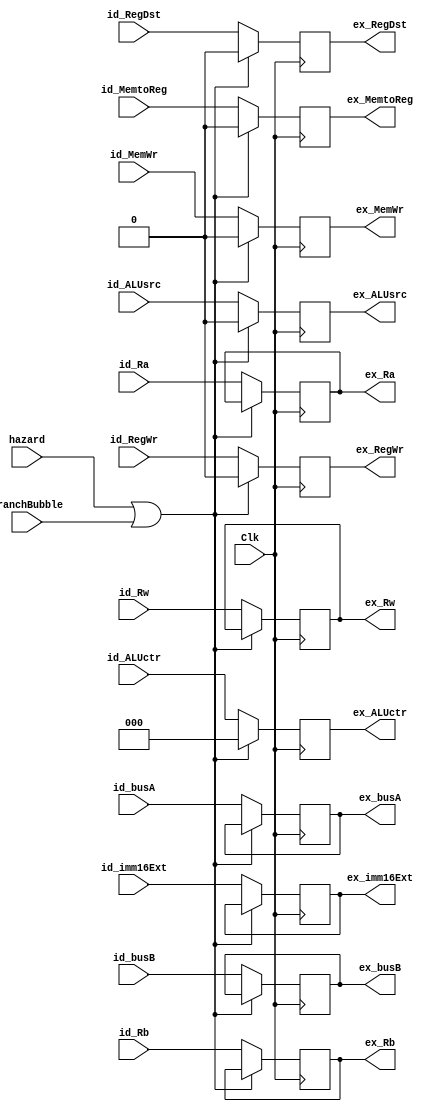
module id_ex(Clk, hazard, BranchBubble, id_busA, id_busB,
             id_Ra, id_Rb, id_Rw, id_imm16Ext, id_RegWr,
             id_RegDst, id_ALUsrc, id_MemWr, id_MemtoReg,id_ALUctr, 
             ex_busA,   ex_busB,
             ex_Ra, ex_Rb, ex_Rw, ex_imm16Ext, ex_RegWr,  
             ex_RegDst, ex_ALUsrc,ex_MemWr,ex_MemtoReg,ex_ALUctr);

        input         Clk;
        input         hazard;
        input         BranchBubble;
        input [31:0]  id_busA;
        input [31:0]  id_busB;
        input [4:0]   id_Ra;
        input [4:0]   id_Rb;
        input [4:0]   id_Rw;
        input [31:0]  id_imm16Ext;
        input	      id_RegWr,id_RegDst,id_ALUsrc,id_MemWr,id_MemtoReg;
	    input [2:0]   id_ALUctr;
	      
        output reg [4:0]   ex_Ra;
        output reg [4:0]   ex_Rb;
        output reg [4:0]   ex_Rw;
        output reg [31:0]  ex_busA;
        output reg [31:0]  ex_busB;
        output reg [31:0]  ex_imm16Ext;
        output reg         ex_RegWr,ex_RegDst,ex_ALUsrc,ex_MemWr,ex_MemtoReg;
	    output reg [2:0]   ex_ALUctr;        
	      
	   initial begin
             ex_Ra        = 5'd0;
             ex_Rb        = 5'd0;
             ex_Rw        = 5'd0;
             ex_busA      = 32'd0;
             ex_busB      = 32'd0;
             ex_imm16Ext  = 32'd0;
	         ex_RegWr     = 0;
	         ex_RegDst    = 0;
	         ex_ALUsrc    = 0;
	         ex_MemWr     = 0;
	         ex_MemtoReg  = 0;  
             ex_ALUctr    = 3'd0;
	    end
        always @(posedge Clk)
        begin
             if (hazard || BranchBubble) begin
                 ex_RegWr     <= 0;
                 ex_RegDst    <= 0;
                 ex_ALUsrc    <= 0;
                 ex_MemWr     <= 0;
                 ex_MemtoReg  <= 0;
                 ex_ALUctr    <= 0;    
             end else begin
                 ex_Ra        <= id_Ra;
                 ex_Rb        <= id_Rb;
                 ex_Rw        <= id_Rw;
                 ex_busA      <= id_busA;
                 ex_busB      <= id_busB;
                 ex_imm16Ext  <= id_imm16Ext;
                
                //control
                 ex_RegWr     <= id_RegWr;
                 ex_RegDst    <= id_RegDst;
                 ex_ALUsrc    <= id_ALUsrc;
                 ex_MemWr     <= id_MemWr;
                 ex_MemtoReg  <= id_MemtoReg;
                 ex_ALUctr    <= id_ALUctr;    
             end 
        end
endmodule